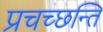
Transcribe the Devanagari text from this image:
प्रचच्छन्ति